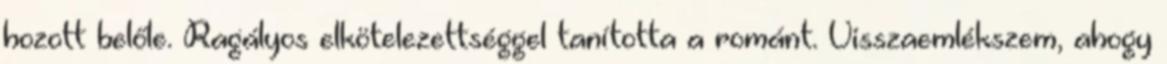
hozott belőle. Ragályos elkötelezettséggel tanította a románt. Visszaemlékszem, ahogy